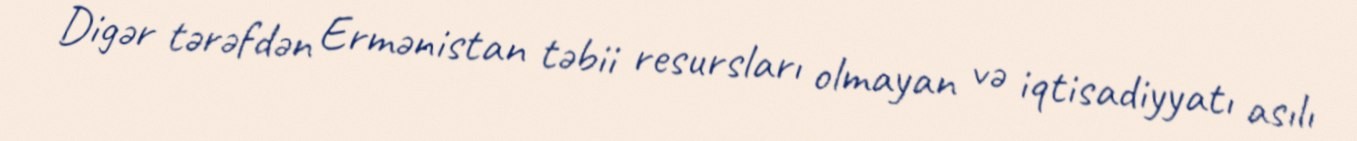
Digər tərəfdən Ermənistan təbii resursları olmayan və iqtisadiyyatı asılı